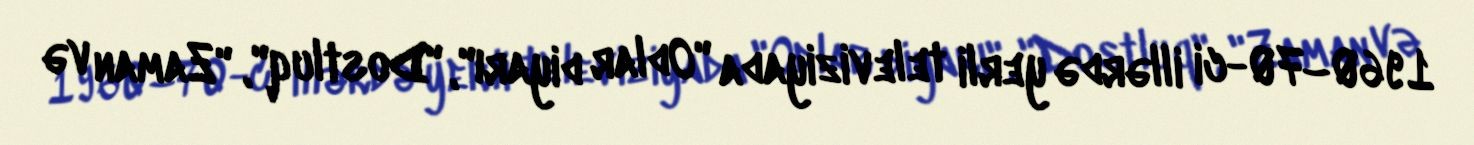
1960–70-ci illərdə yerli televiziyada "Odlar diyarı", "Dostluq", "Zaman və